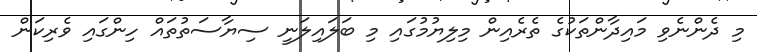
މި ދެންނެވި މައިދާންތަކުގެ ތެރެއިން މިލިޔުމުގައި މި ބަލައިލަނީ ސިޔާސަތުތައް ހިންގައި ވެރިކަން